Leprosy in India: report of the Leprosy Commission in India, 1890-91
Year: 1890
Disease focus: Leprosy
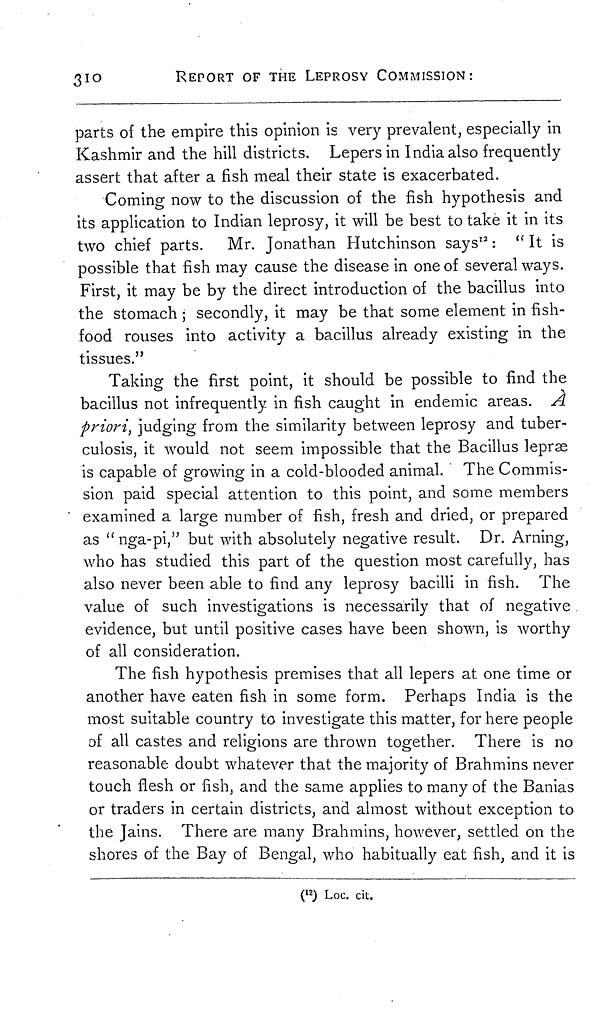
310
REPORT OF THE LEPROSY COMMISSION:
parts of the empire this opinion is very prevalent, especially in
Kashmir and the hill districts. Lepers in India also frequently
assert that after a fish meal their state is exacerbated.
Coming now to the discussion of the fish hypothesis and
its application to Indian leprosy, it will be best to take it in its
two chief parts. Mr. Jonathan Hutchinson says 12 : " It is
possible that fish may cause the disease in one of several ways.
First, it may be by the direct introduction of the bacillus into
the stomach ; secondly, it may be that some element in fish-
food rouses into activity a bacillus already existing in the
tissues."
Taking the first point, it should be possible to find the
bacillus not infrequently in fish caught in endemic areas. À
priori, judging from the similarity between leprosy and tuber-
culosis, it would not seem impossible that the Bacillus lepræ
is capable of growing in a cold-blooded animal. The Commis-
sion paid special attention to this point, and some members
examined a large number of fish, fresh and dried, or prepared
as "nga-pi," but with absolutely negative result. Dr. Arning,
who has studied this part of the question most carefully, has
also never been able to find any leprosy bacilli in fish. The
value of such investigations is necessarily that of negative
evidence, but until positive cases have been shown, is worthy
of all consideration.
The fish hypothesis premises that all lepers at one time or
another have eaten fish in some form. Perhaps India is the
most suitable country to investigate this matter, for here people
of all castes and religions are thrown together. There is no
reasonable doubt whatever that the majority of Brahmins never
touch flesh or fish, and the same applies to many of the Banias
or traders in certain districts, and almost without exception to
the Jains. There are many Brahmins, however, settled on the
shores of the Bay of Bengal, who habitually eat fish, and it is
( 12 ) Loc. cit.